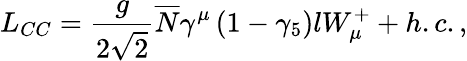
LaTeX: L_{CC}=\frac g{2\sqrt{2}}\overline{{{N}}}\gamma^{\mu}\left(1-\gamma_{5}\right)lW_{\mu}^{+}+h.c.,